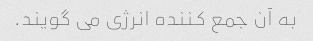
به آن جمع کننده انرژی می گویند.